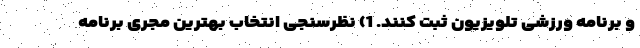
و برنامه ورزشی تلویزیون ثبت کنند. 1) نظرسنجی انتخاب بهترین مجری برنامه